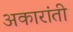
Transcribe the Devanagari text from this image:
अकारांती